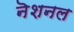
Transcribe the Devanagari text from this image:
नॆशनल